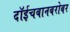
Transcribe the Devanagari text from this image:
दॉईचबानबरोबर